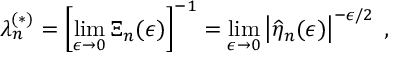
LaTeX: \lambda _ { n } ^ { ( \ast ) } = \left[ \operatorname * { l i m } _ { \epsilon \rightarrow 0 } \Xi _ { n } ( \epsilon ) \right] ^ { - 1 } = \operatorname * { l i m } _ { \epsilon \rightarrow 0 } \left| \widehat { \eta } _ { n } ( \epsilon ) \right| ^ { - \epsilon / 2 } \; ,